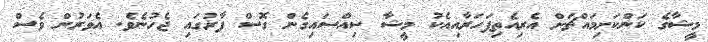
މީޝާގެ ކަންކަށިމައްޗަށް އެރިއެތިފަހަރާއިއެކު މީޝާ ސިއްސައިގެން ގޮސް ފާރުގައި ޖެހުނެވެ. އެވަރުން ވެސް